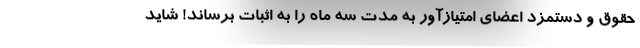
حقوق و دستمزد اعضای امتیازآور به مدت سه ماه را به اثبات برساند! شاید